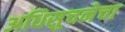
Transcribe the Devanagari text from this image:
अधिसुचनेचा